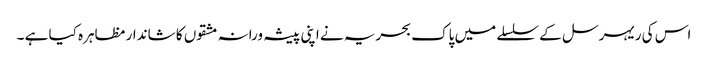
اس کی ریہرسل کے سلسلے میں پاک بحریہ نے اپنی پیشہ ورانہ مشقوں کا شاندار مظاہرہ کیا ہے ۔